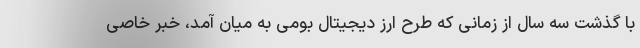
با گذشت سه سال از زمانی که طرح ارز دیجیتال بومی به میان آمد، خبر خاصی